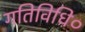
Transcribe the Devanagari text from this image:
गतिविधि०